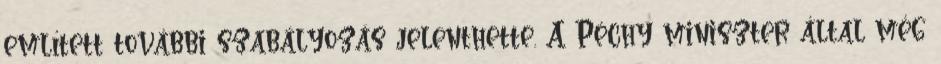
említett további szabályozás jelenthette. A Péchy miniszter által még